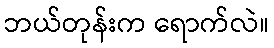
ဘယ်တုန်းက ရောက်လဲ။